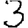
Digit: 3